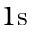
1 \mathrm { s }